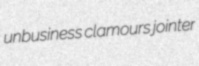
unbusiness clamours jointer